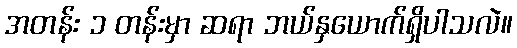
အတန်း ၁ တန်းမှာ ဆရာ ဘယ်နှယောက်ရှိပါသလဲ။